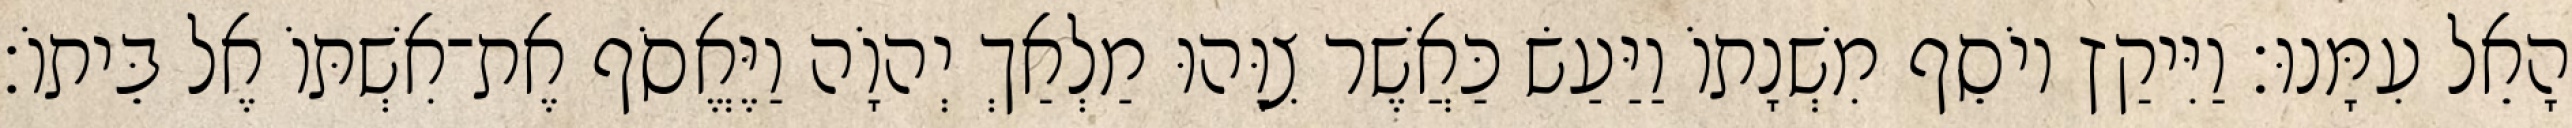
הָאֵל עִמָּנוּ׃ וַיִּיקַץ יוֹסֵף מִשְׁנָתוֹ וַיַּעַשׂ כַּאֲשֶׁר צִוָּהוּ מַלְאַךְ יְהוָֹה וַיֶּאֱסֹף אֶת־אִשְׁתּוֹ אֶל בֵּיתוֹ׃